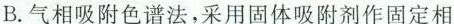
B.气相吸附色谱法，采用固体吸附剂作固定相